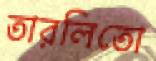
তারলিতো